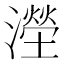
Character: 𣿩